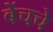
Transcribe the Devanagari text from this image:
बेंचचे